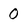
Character: 0